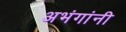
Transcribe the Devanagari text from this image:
अभंगांनी